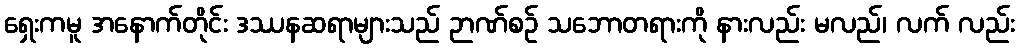
ရှေးကမူ အနောက်တိုင်း ဒဿနဆရာများသည် ဉာဏ်စဉ် သဘောတရားကို နားလည်း မလည်၊ လက် လည်း